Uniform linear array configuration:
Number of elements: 4
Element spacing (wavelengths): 1
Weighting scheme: cosine
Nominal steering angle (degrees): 60
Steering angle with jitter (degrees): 60.705
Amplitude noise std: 0.05
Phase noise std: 0.05

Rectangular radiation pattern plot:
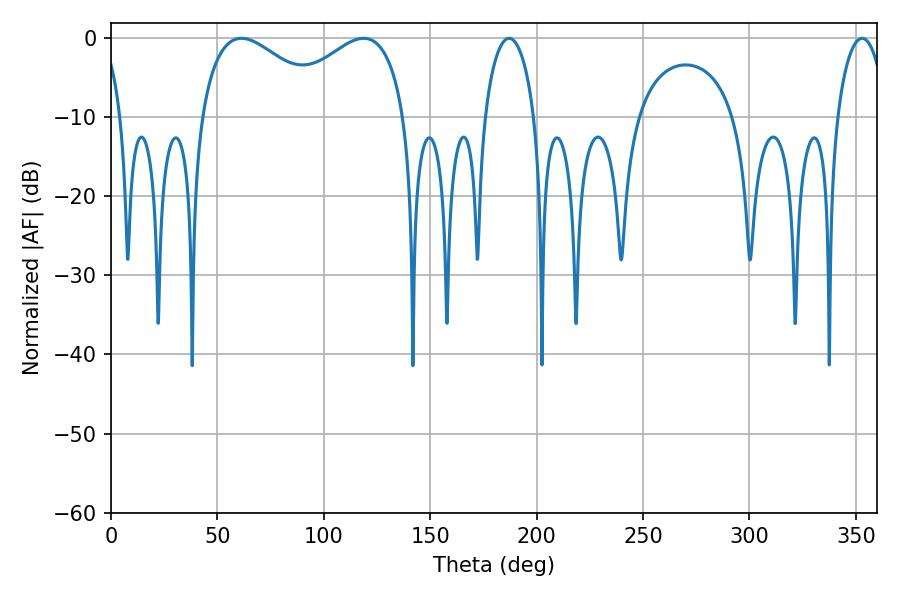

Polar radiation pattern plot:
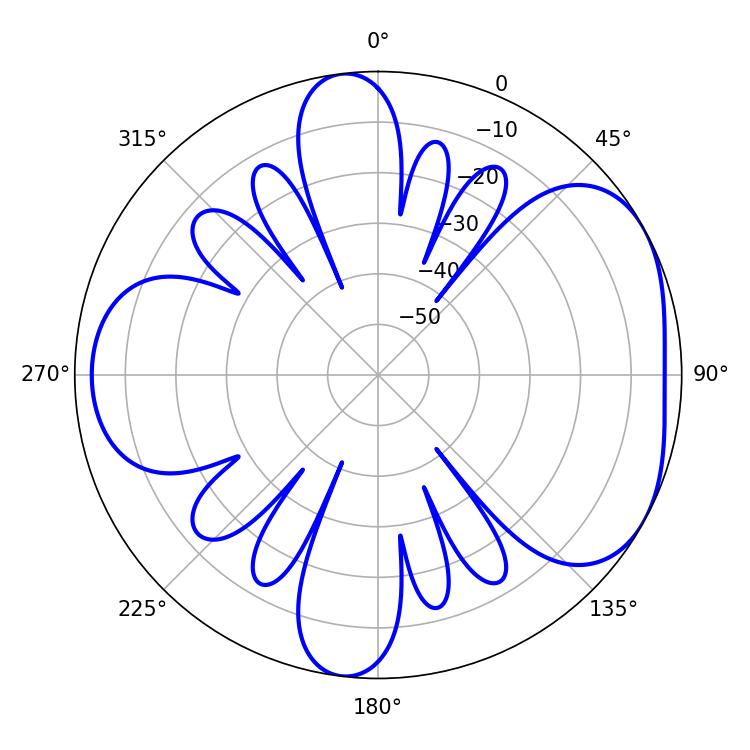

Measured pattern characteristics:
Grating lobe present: TRUE
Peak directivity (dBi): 4.762
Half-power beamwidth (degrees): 13.5
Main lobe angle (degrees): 187.02